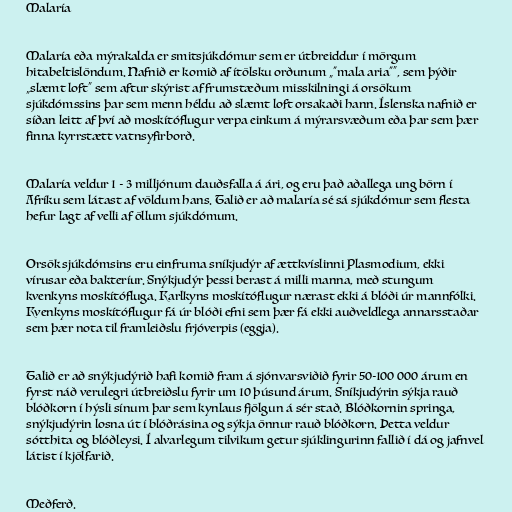
Malaría

Malaría eða mýrakalda er smitsjúkdómur sem er útbreiddur í mörgum
hitabeltislöndum. Nafnið er komið af ítölsku orðunum „"mala aria"“, sem þýðir
„slæmt loft“ sem aftur skýrist af frumstæðum misskilningi á orsökum
sjúkdómssins þar sem menn héldu að slæmt loft orsakaði hann. Íslenska nafnið er
síðan leitt af því að moskítóflugur verpa einkum á mýrarsvæðum eða þar sem þær
finna kyrrstætt vatnsyfirborð.

Malaría veldur 1 - 3 milljónum dauðsfalla á ári, og eru það aðallega ung börn í
Afríku sem látast af völdum hans. Talið er að malaría sé sá sjúkdómur sem flesta
hefur lagt af velli af öllum sjúkdómum.

Orsök sjúkdómsins eru einfruma sníkjudýr af ættkvíslinni Plasmodium, ekki
vírusar eða bakteríur. Snýkjudýr þessi berast á milli manna, með stungum
kvenkyns moskítófluga. Karlkyns moskítóflugur nærast ekki á blóði úr mannfólki.
Kvenkyns moskítóflugur fá úr blóði efni sem þær fá ekki auðveldlega annarsstaðar
sem þær nota til framleiðslu frjóverpis (eggja).

Talið er að snýkjudýrið hafi komið fram á sjónvarsviðið fyrir 50-100 000 árum en
fyrst náð verulegri útbreiðslu fyrir um 10 þúsund árum. Sníkjudýrin sýkja rauð
blóðkorn í hýsli sínum þar sem kynlaus fjölgun á sér stað. Blóðkornin springa,
snýkjudýrin losna út í blóðrásina og sýkja önnur rauð blóðkorn. Þetta veldur
sótthita og blóðleysi. Í alvarlegum tilvikum getur sjúklingurinn fallið í dá og jafnvel
látist í kjölfarið.

Meðferð.